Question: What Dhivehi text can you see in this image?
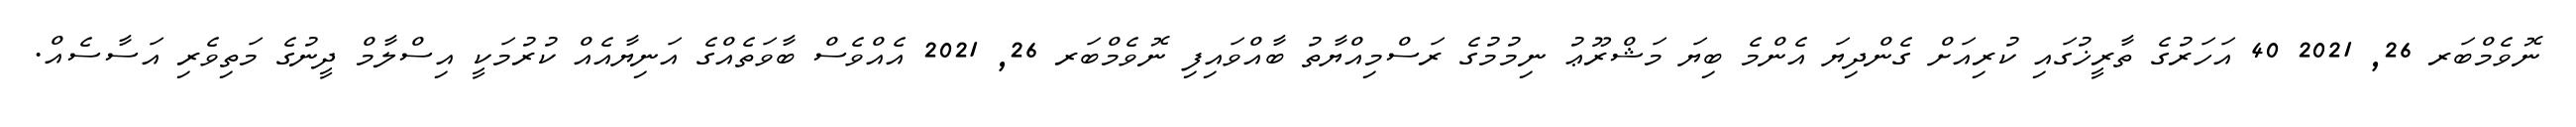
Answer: ނޮވެމްބަރ 26, 2021 40 އަހަރުގެ ތާރީޚުގައި ކުރިއަށް ގެންދިޔަ އެންމެ ބިޔަ މަޝްރޫޢު ނިމުމުގެ ރަސްމިއްޔާތު ބާއްވައިފި ނޮވެމްބަރ 26, 2021 އެއްވެސް ބާވަތެއްގެ އަނިޔާއެއް ކުރުމަކީ އިސްލާމް ދީނުގެ މަތިވެރި އަސާސެއް.